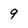
Character: 9